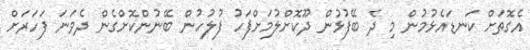
އެގޮތަށް ކަނޑައެޅުމުން މި ދެ ބޭފުޅުން ދޫކޮށްލުމަށްފަހު ފުލުހުން ބޭނުންކޮށްގެން ދެވަނަ ފަހަރަށް